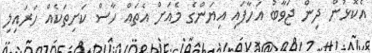
އެކޮޅުން ދިން ޖަވާބު އަހާފައި އިޔަންގެ މެއަށް އެތައް ހާސް ކަށިތަކެއް ހަރައިލި